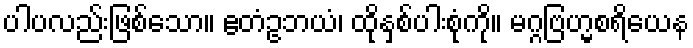
ပါပလည်းဖြစ်သော။ ဧတံဥဘယံ၊ ထိုနှစ်ပါးစုံကို။ မဂ္ဂဗြဟ္မစရိယေန